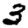
Digit: 3